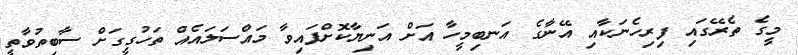
މީގެ ތެރޭގައި ފިރިހެނަކާއި އޭނާގެ އަނބިމީހާ އަށް އަނިޔާކޮށްފައިވާ މައްސަލައެއް ތަހުގީގަށް ސާބިތުވާތީ